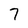
Character: 7